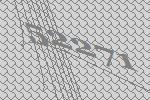
52271